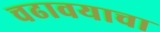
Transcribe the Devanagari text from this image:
चढावयाचा